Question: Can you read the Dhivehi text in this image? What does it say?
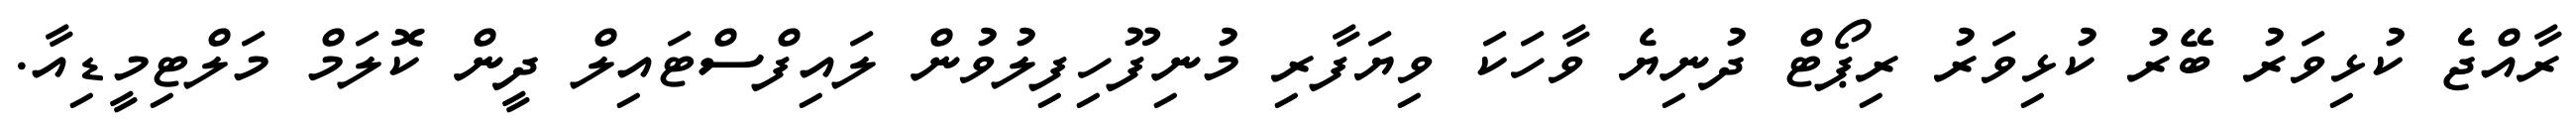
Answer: ރާއްޖެ ކުޅިވަރު ބޭރު ކުޅިވަރު ރިޕޯޓް ދުނިޔެ ވާހަކަ ވިޔަފާރި މުނިފޫހިފިލުވުން ލައިފްސްޓައިލް ދީން ކޮލަމް މަލްޓިމީޑިއާ.